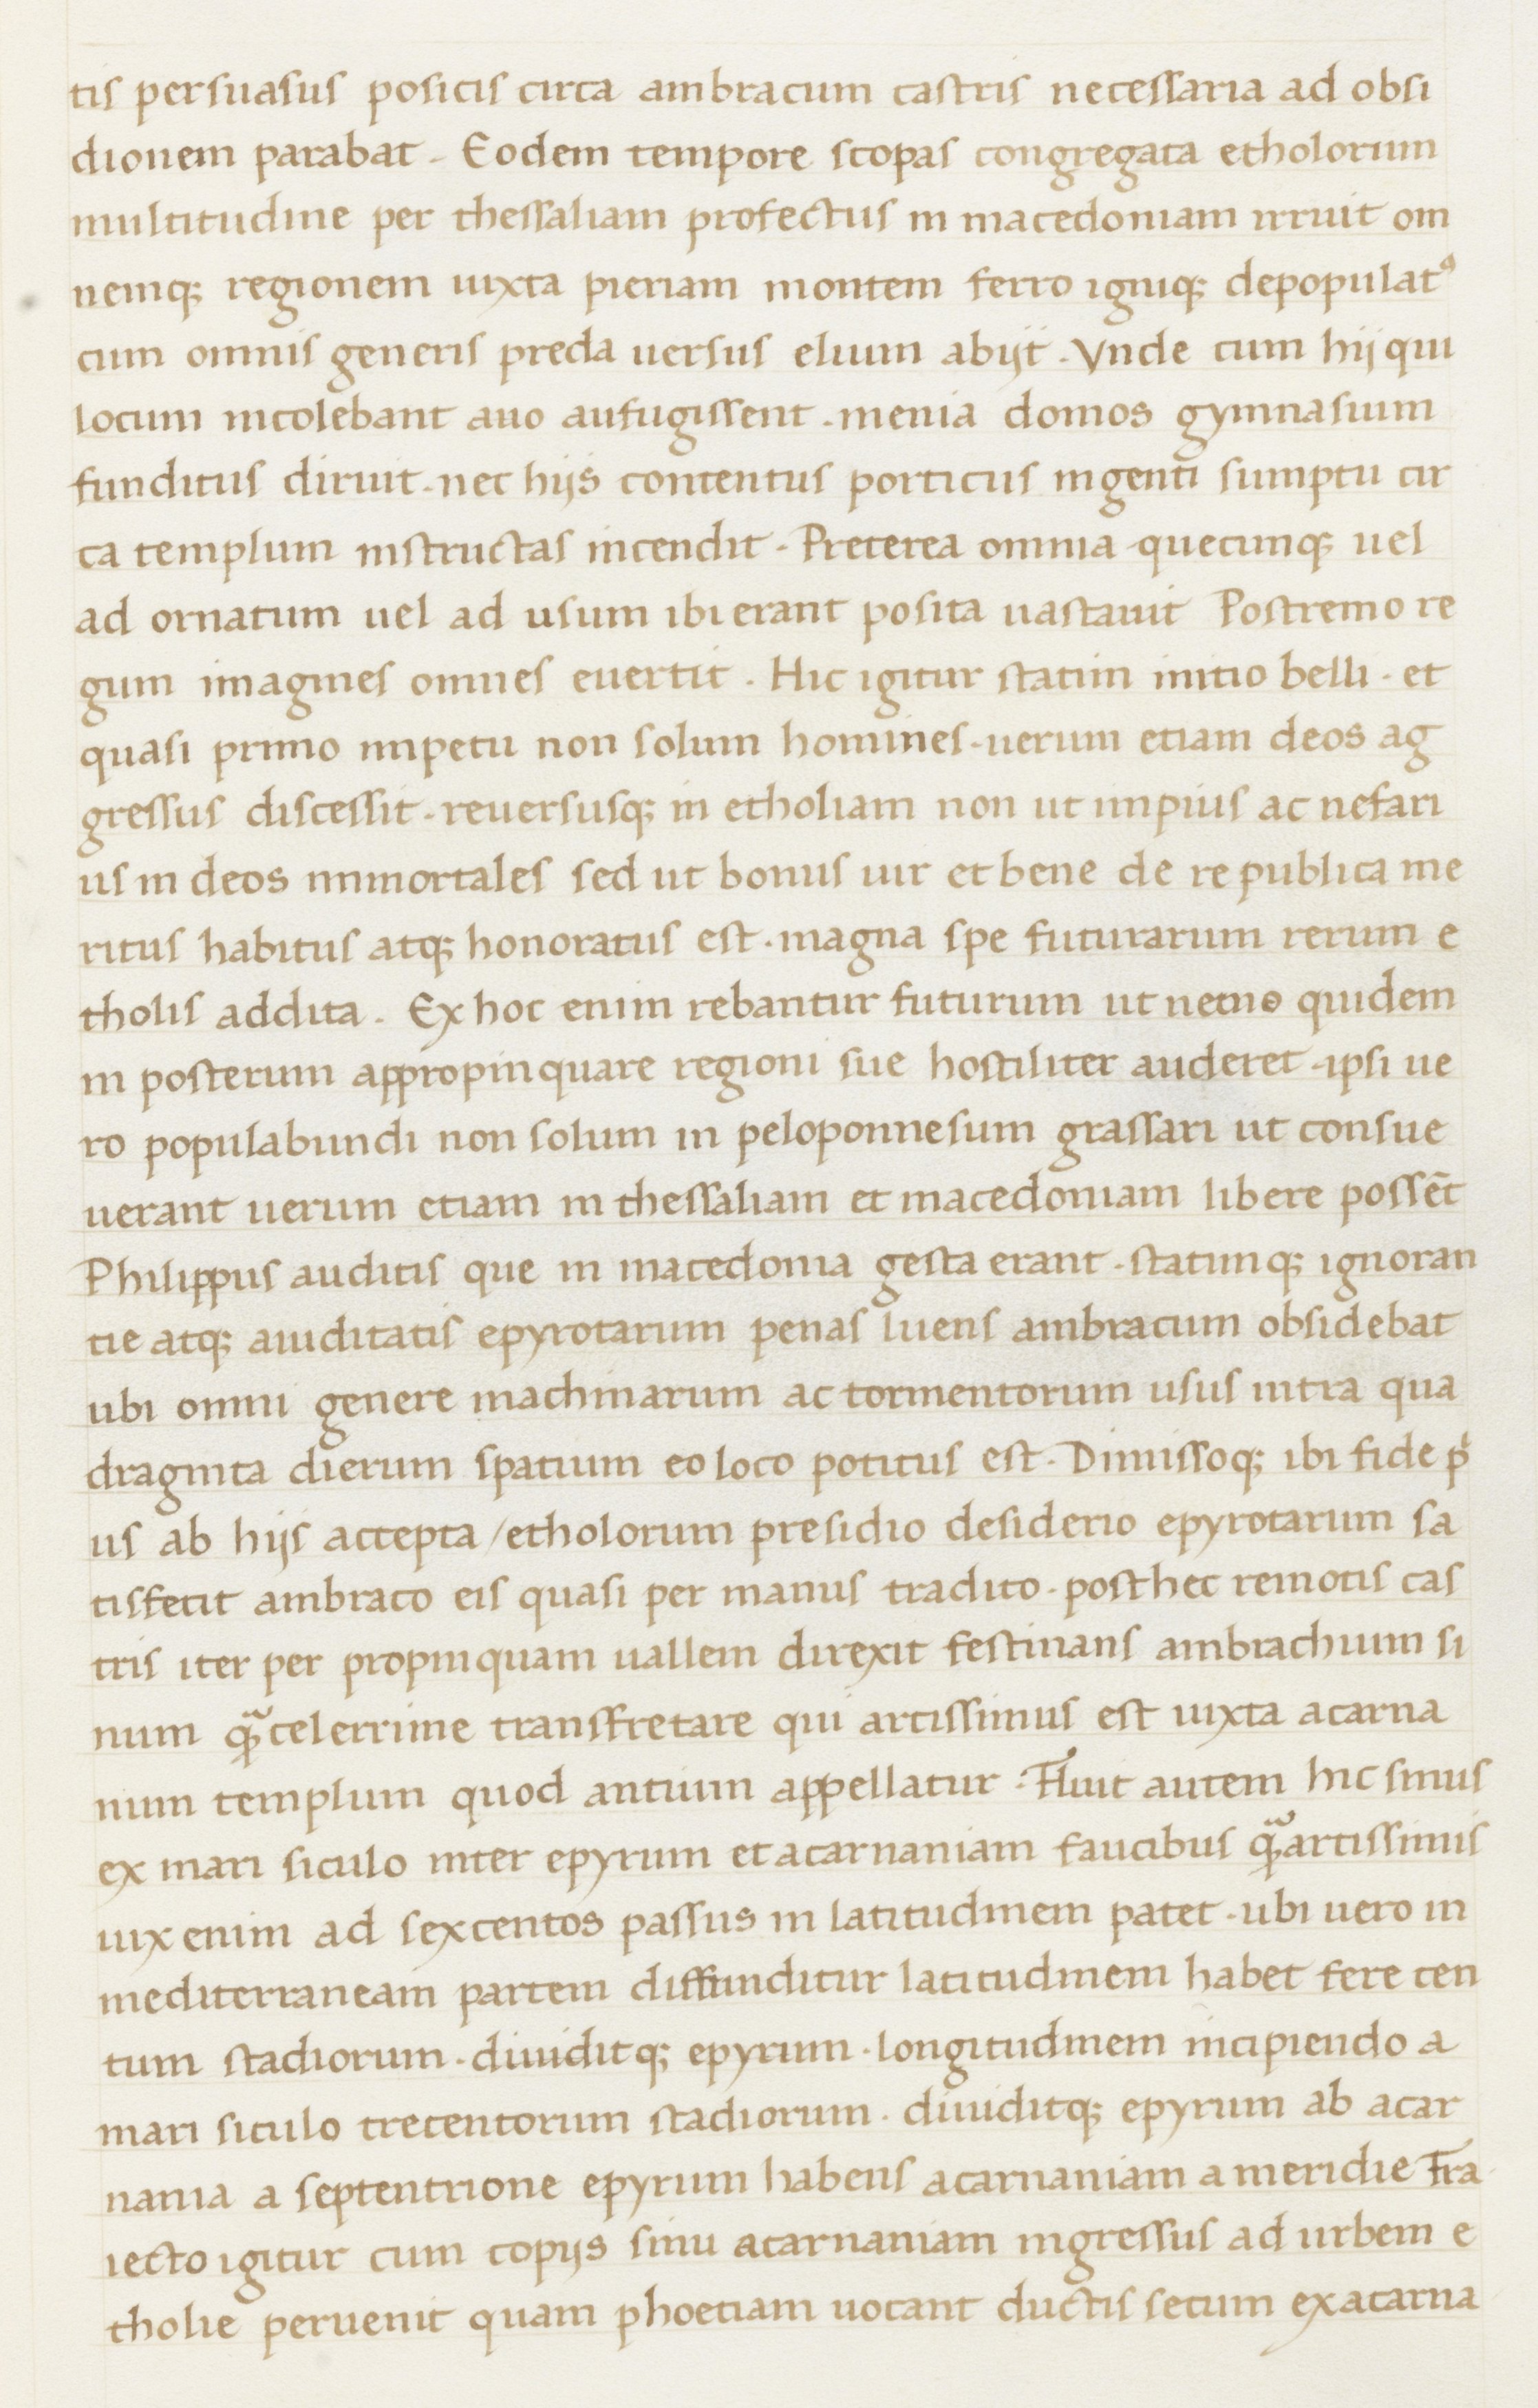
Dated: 1400–1499